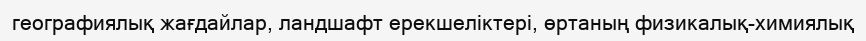
географиялық жағдайлар, ландшафт ерекшеліктері, өртаның физикалық-химиялық